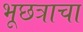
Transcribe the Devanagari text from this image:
भूछत्राचा